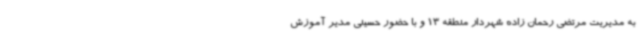
به مدیریت مرتضی رحمان زاده شهردار منطقه 13 و با حضور حسینی مدیر آموزش